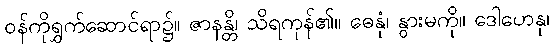
ဝန်ကိုရွှက်ဆောင်ရာ၌။ ဇာနန္တိ၊ သိရကုန်၏။ ဓေနုံ၊ နွားမကို။ ဒေါဟေနု၊